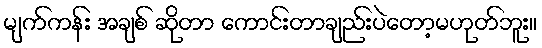
မျက်ကန်း အချစ် ဆိုတာ ကောင်းတာချည်းပဲတော့မဟုတ်ဘူး။